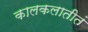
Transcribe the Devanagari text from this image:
कालकलातीतं